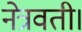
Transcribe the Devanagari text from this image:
नेत्रवती।